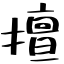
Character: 擅